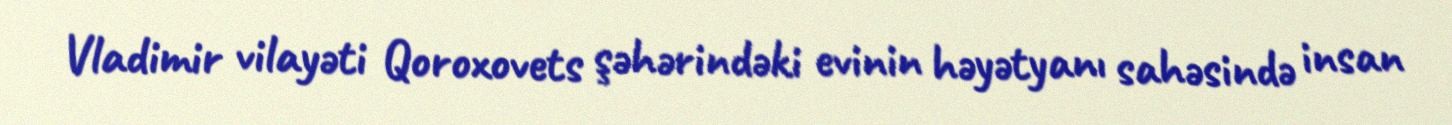
Vladimir vilayəti Qoroxovets şəhərindəki evinin həyətyanı sahəsində insan